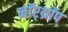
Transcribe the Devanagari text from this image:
नॉर्‌थ्रॉप